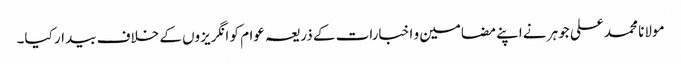
مولانا محمد علی جوہر نے اپنے مضامین و اخبارات کے ذریعہ عوام کو انگریزوں کے خلاف بیدار کیا۔